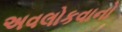
અવલોકવાનો